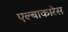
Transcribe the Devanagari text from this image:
एल्बाकारेस